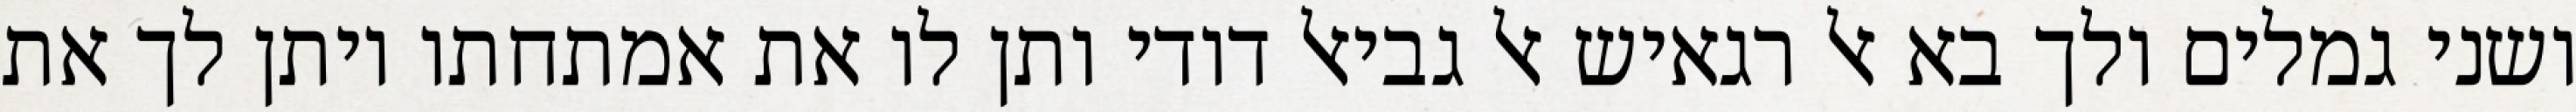
ושני גמלים ולך בא אל רגאיש אל גביאל דודי ותן לו את אמתחתו ויתן לך את